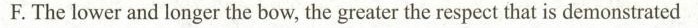
F.The lower and longer the bow,the greater the respect that is demonstrated